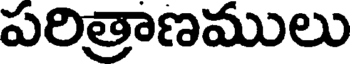
పరిత్రాణములు